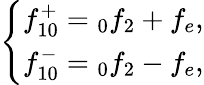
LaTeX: \left\{ \begin{array}{c}{f_{10}^{+}=\phantom{}_{0}f_{2}+f_{e},}\\ {f_{10}^{-}=\phantom{}_{0}f_{2}-f_{e},}\end{array}\right.